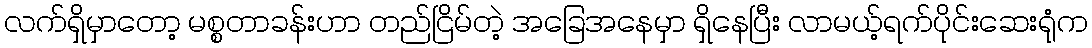
လက်ရှိမှာတော့ မစ္စတာခန်းဟာ တည်ငြိမ်တဲ့ အခြေအနေမှာ ရှိနေပြီး လာမယ့်ရက်ပိုင်းဆေးရုံက